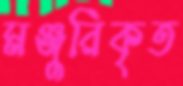
মঞ্জুরিকৃত